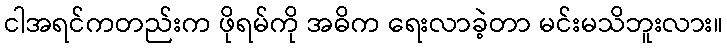
ငါအရင်ကတည်းက ဖိုရမ်ကို အဓိက ရေးလာခဲ့တာ မင်းမသိဘူးလား။